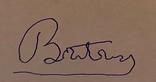
Signature authenticity: forged